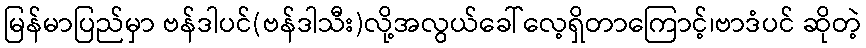
မြန်မာပြည်မှာ ဗန်ဒါပင်(ဗန်ဒါသီး)လို့အလွယ်ခေါ်လေ့ရှိတာကြောင့်၊ဗာဒံပင် ဆိုတဲ့